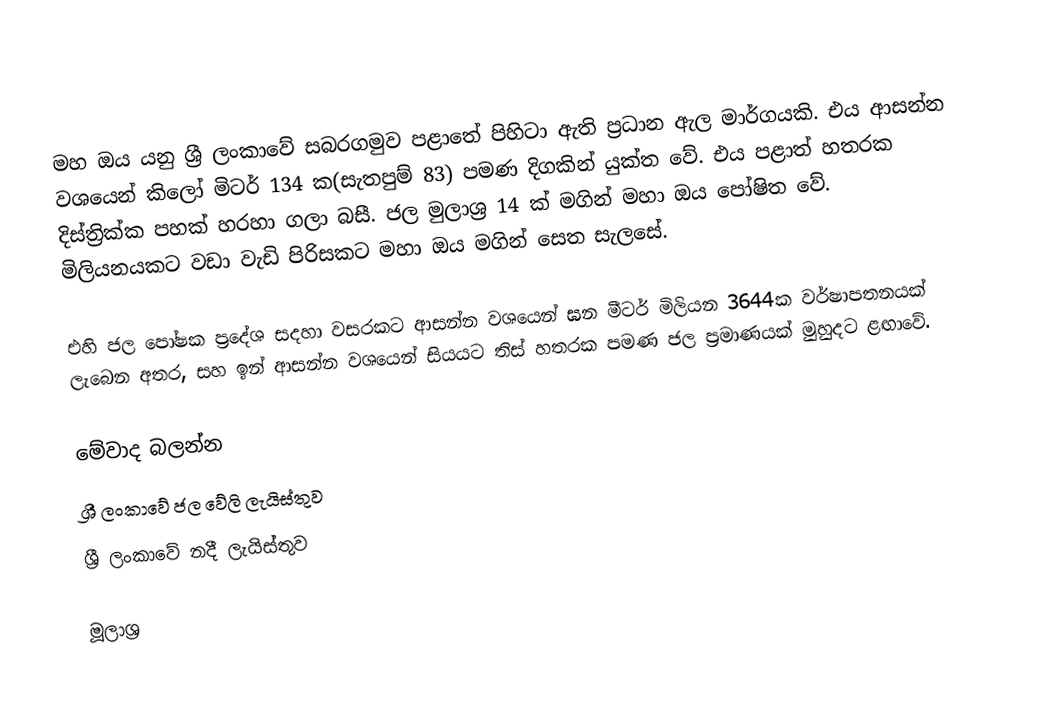
මහ ඔය යනු ශ්‍රී ලංකාවේ සබරගමුව පළාතේ පිහිටා ඇති ප්‍රධාන ඇල මාර්ගයකි. එය ආසන්න වශයෙන් කිලෝ මිටර් 134 ක(සැතපුම් 83) පමණ  දිගකින්  යුක්ත වේ.  එය පළාත් හතරක දිස්ත්‍රික්ක පහක් හරහා ගලා බසී. ජල මුලාශ්‍ර 14 ක් මගින් මහා ඔය පෝෂිත වේ. මිලියනයකට වඩා වැඩි පිරිසකට  මහා ඔය මගින් සෙත සැලසේ.  

එහි ජල පෝෂක ප්‍රදේශ සදහා වසරකට ආසන්න වශයෙන් ඝන මීටර් මිලියන 3644ක වර්ෂාපතනයක් ලැබෙන අතර, සහ ඉන් ආසන්න වශයෙන් සියයට තිස් හතරක පමණ ජල ප්‍රමාණයක් මුහුදට ළඟාවේ.

මේවාද බලන්න
 ශ්‍රී ලංකාවේ ජල වේලි ලැයිස්තුව
 ශ්‍රී ලංකාවේ නදී ලැයිස්තුව

මූලාශ්‍ර